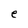
Character: e